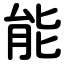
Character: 能